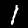
Digit: 1